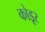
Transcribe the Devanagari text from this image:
कोडूर